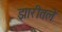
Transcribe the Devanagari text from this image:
झारीतले